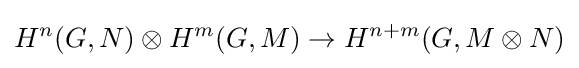
H^{n}(G,N)\otimes H^{m}(G,M)\to H^{n+m}(G,M\otimes N)